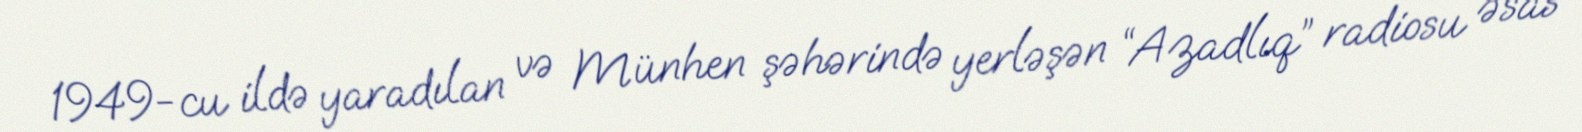
1949-cu ildə yaradılan və Münhen şəhərində yerləşən “Azadlıq” radiosu əsas